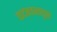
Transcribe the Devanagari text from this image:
कदंबवनातून